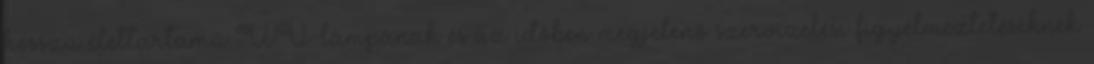
hosszú élettartamú UV-lámpának és az időben megjelenő szervizelési figyelmeztetéseknek